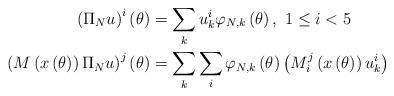
LaTeX: \begin{align*}\left( \Pi_{N}u\right) ^{i}\left( \theta\right) & =\sum_{k}u_{k}^{i}\varphi_{N,k}\left( \theta\right) ,\ 1\leq i<5\\\left( M\left( x\left( \theta\right) \right) \Pi_{N}u\right) ^{j}\left(\theta\right) & =\sum_{k}\sum_{i}\varphi_{N,k}\left( \theta\right)\left( M_{i}^{j}\left( x\left( \theta\right) \right) u_{k}^{i}\right)\end{align*}